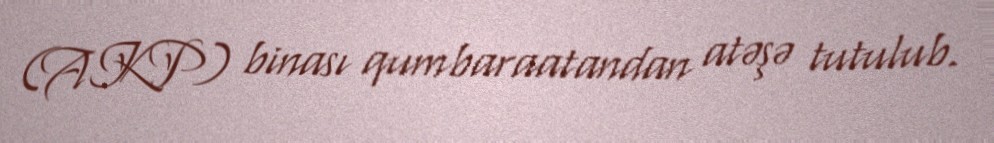
(AKP) binası qumbaraatandan atəşə tutulub.